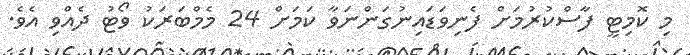
މި ކޮމިޓީ ފާސްކުރުމަށް ފެނިވަޑައިނުގަންނަވާ ކަމަށް 24 މެމްބަރަކު ވޯޓު ދެއްވި އެވެ.